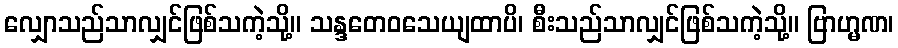
လျှောသည်သာလျှင်ဖြစ်သကဲ့သို့။ သန္ဒတေဝသေယျထာပိ၊ စီးသည်သာလျှင်ဖြစ်သကဲ့သို့။ ဗြာဟ္မဏ၊